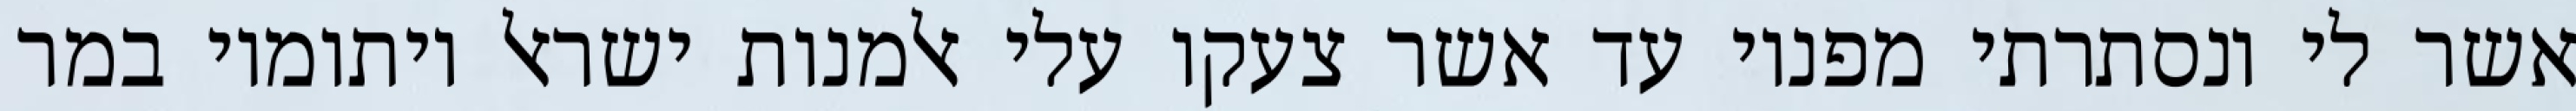
אשר לי ונסתרתי מפניו עד אשר צעקו עלי אלמנות ישראל ויתומיו במר